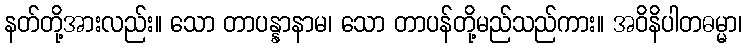
နတ်တို့အားလည်း။ သော တာပန္နာနာမ၊ သော တာပန်တို့မည်သည်ကား။ အဝိနိပါတဓမ္မာ၊